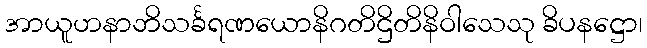
အာယူဟနာဘိသင်္ခရဏယောနိဂတိဌိတိနိဝါသေသု ခိပနဋ္ဌော၊